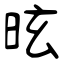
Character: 昡